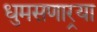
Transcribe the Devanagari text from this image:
धुमसणार्‍या